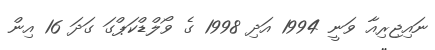
ނައިޖިރިއާ ވަނީ 1994 އަދި 1998 ގެ ވޯލްޑްކަޕްގަ ގަދަ 16 އިން